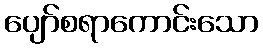
ပျော်စရာကောင်းသော